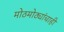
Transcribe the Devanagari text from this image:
मोठमोठ्यांचाही